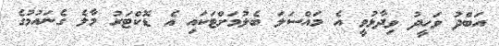
އަބްދު ވަހީދު ވިދާޅުވީ އެ މައްސަލަ ބެލުމަށްޓަކައި އެ ޑޮކްޓަރު މާލެ ގެނައުމުގެ